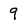
Character: 9